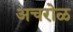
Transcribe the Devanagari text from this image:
अचरोळ